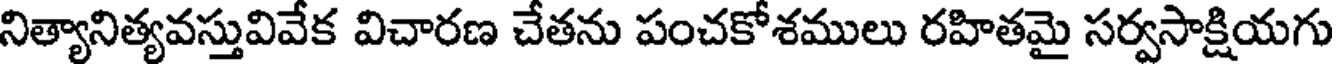
నిత్యానిత్యవస్తువివేక విచారణ చేతను పంచకోశములు రహితమై సర్వసాక్షియగు